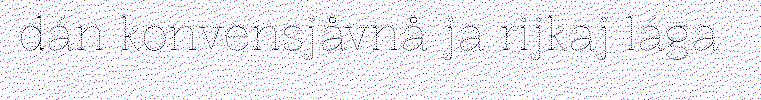
dán konvensjåvnå ja rijkaj lága